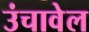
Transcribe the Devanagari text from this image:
उंचावेल